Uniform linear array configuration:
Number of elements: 4
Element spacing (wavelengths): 0.75
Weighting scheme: binomial
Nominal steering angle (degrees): -15
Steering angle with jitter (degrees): -13.641
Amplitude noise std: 0.05
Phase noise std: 0.05

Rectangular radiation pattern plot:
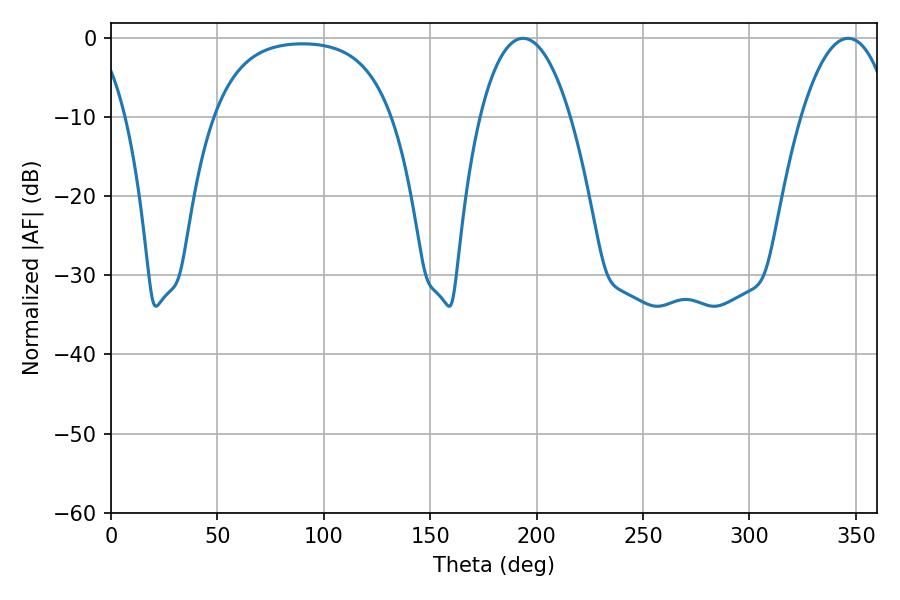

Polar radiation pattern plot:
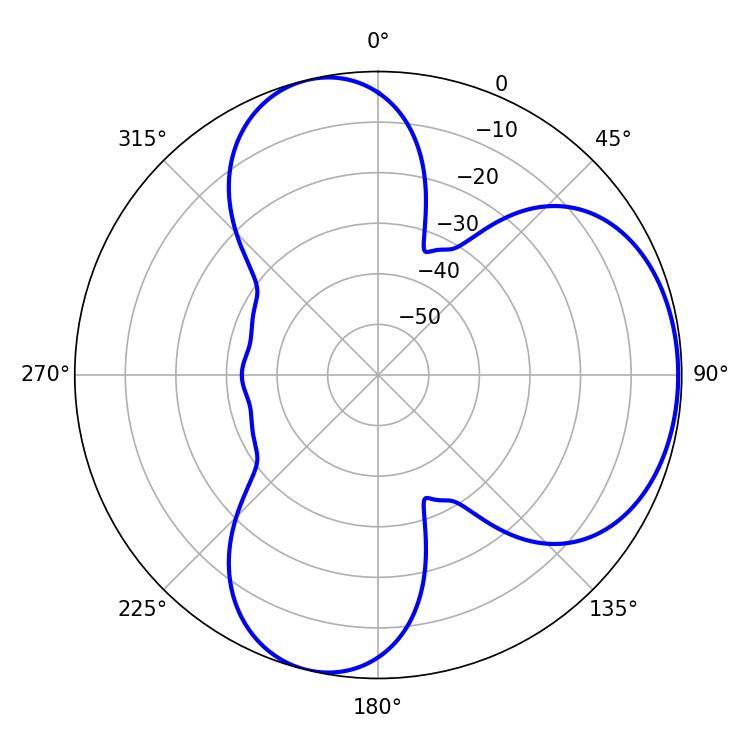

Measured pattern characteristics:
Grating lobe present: TRUE
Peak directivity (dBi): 5.346
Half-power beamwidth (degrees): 23.76
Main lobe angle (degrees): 193.68